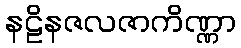
နဠိနဇလဇာကိဏ္ဏာ